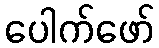
ပေါက်ဖော်